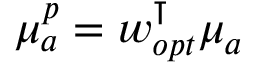
\mu _ { a } ^ { p } = \boldsymbol { w _ { o p t } ^ { \intercal } \mu _ { a } }